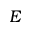
E